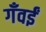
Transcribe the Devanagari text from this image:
गँवईं